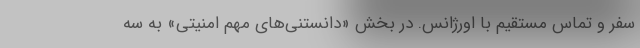
سفر و تماس مستقیم با اورژانس. در بخش «دانستنی‌های مهم امنیتی» به سه